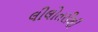
લીલોતરીથી